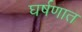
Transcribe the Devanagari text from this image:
घर्षणात